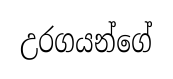
උරගයන්ගේ